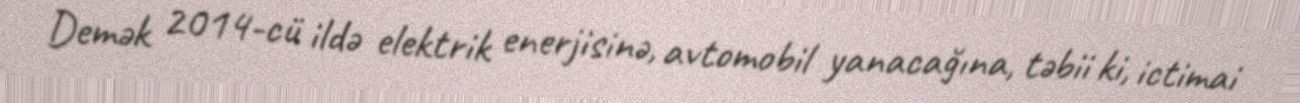
Demək 2014-cü ildə elektrik enerjisinə, avtomobil yanacağına, təbii ki, ictimai